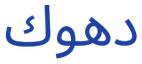
دهوك